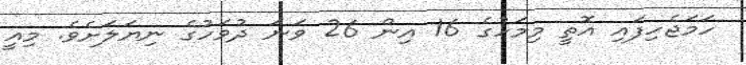
ހަމަޖެހިފައި އޮތީ މިމަހުގެ 16 އިން 26 ވަނަ ދުވަހުގެ ނިޔަލަށެވެ. މިއީ